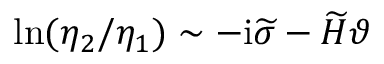
\ln ( \eta _ { 2 } / \eta _ { 1 } ) \sim - \mathrm { i } \widetilde { \sigma } - \widetilde { H } \vartheta